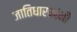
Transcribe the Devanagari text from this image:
जातिधारकांनी